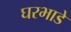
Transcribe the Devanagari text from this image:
घरभाडे